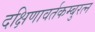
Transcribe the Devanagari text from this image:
दक्षिणावर्तकम्बुरत्न